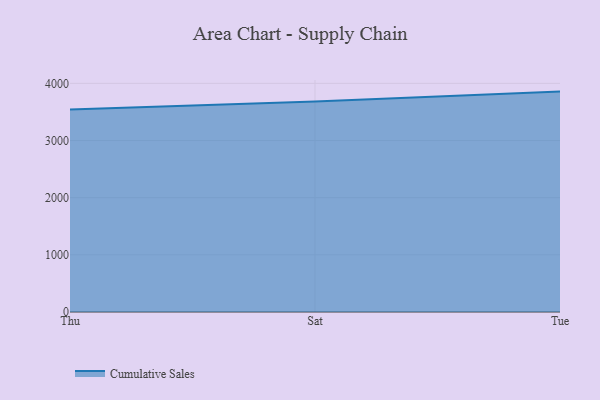
{"axis": {"x": "Day", "y": "Energy Usage (MWh)"}, "legend": ["Cumulative Sales"], "data": [{"x": "Thu", "y": 3543.4, "type": "Cumulative Sales"}, {"x": "Sat", "y": 3681.0, "type": "Cumulative Sales"}, {"x": "Tue", "y": 3855.9, "type": "Cumulative Sales"}]}